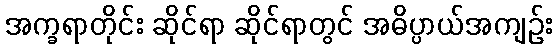
အက္ခရာတိုင်း ဆိုင်ရာ ဆိုင်ရာတွင် အဓိပ္ပာယ်အကျဉ်း